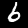
Digit: 6